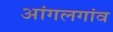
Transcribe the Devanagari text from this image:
आंगलगांव